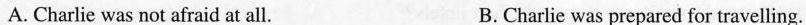
A. Charlie was not afraid at all. B. Charlie was prepared for travelling.